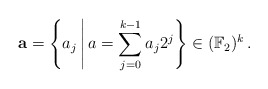
\begin{align*}\mathbf{a}& = \left\{a_j \,\middle|\, a = \sum_{j=0}^{k-1} a_j 2^j \right\} \in (\mathbb{F}_2)^k\,.\end{align*}